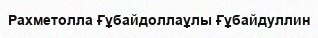
Рахметолла Ғұбайдоллаұлы Ғұбайдуллин